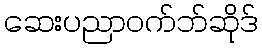
ဆေးပညာဝက်ဘ်ဆိုဒ်